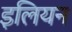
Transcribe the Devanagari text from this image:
इलियन